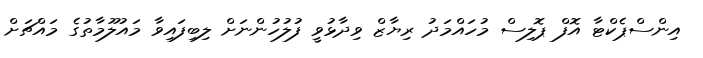
އިންސްޕެކްޓާ އޮފް ޕޮލިސް މުހައްމަދު ރިޔާޒް ވިދާޅުވީ ފުލުހުންނަށް ލިބިފައިވާ މައުލޫމާތުގެ މައްޗަށް